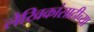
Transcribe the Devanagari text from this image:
लेखिकांसाठीच्या